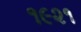
૧૯૨૧